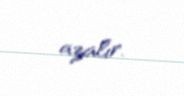
azalır.